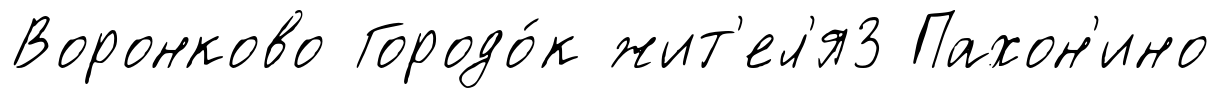
Воронково Городо́к жит'ел'я3 Пахон'ино